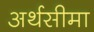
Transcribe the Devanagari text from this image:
अर्थसीमा